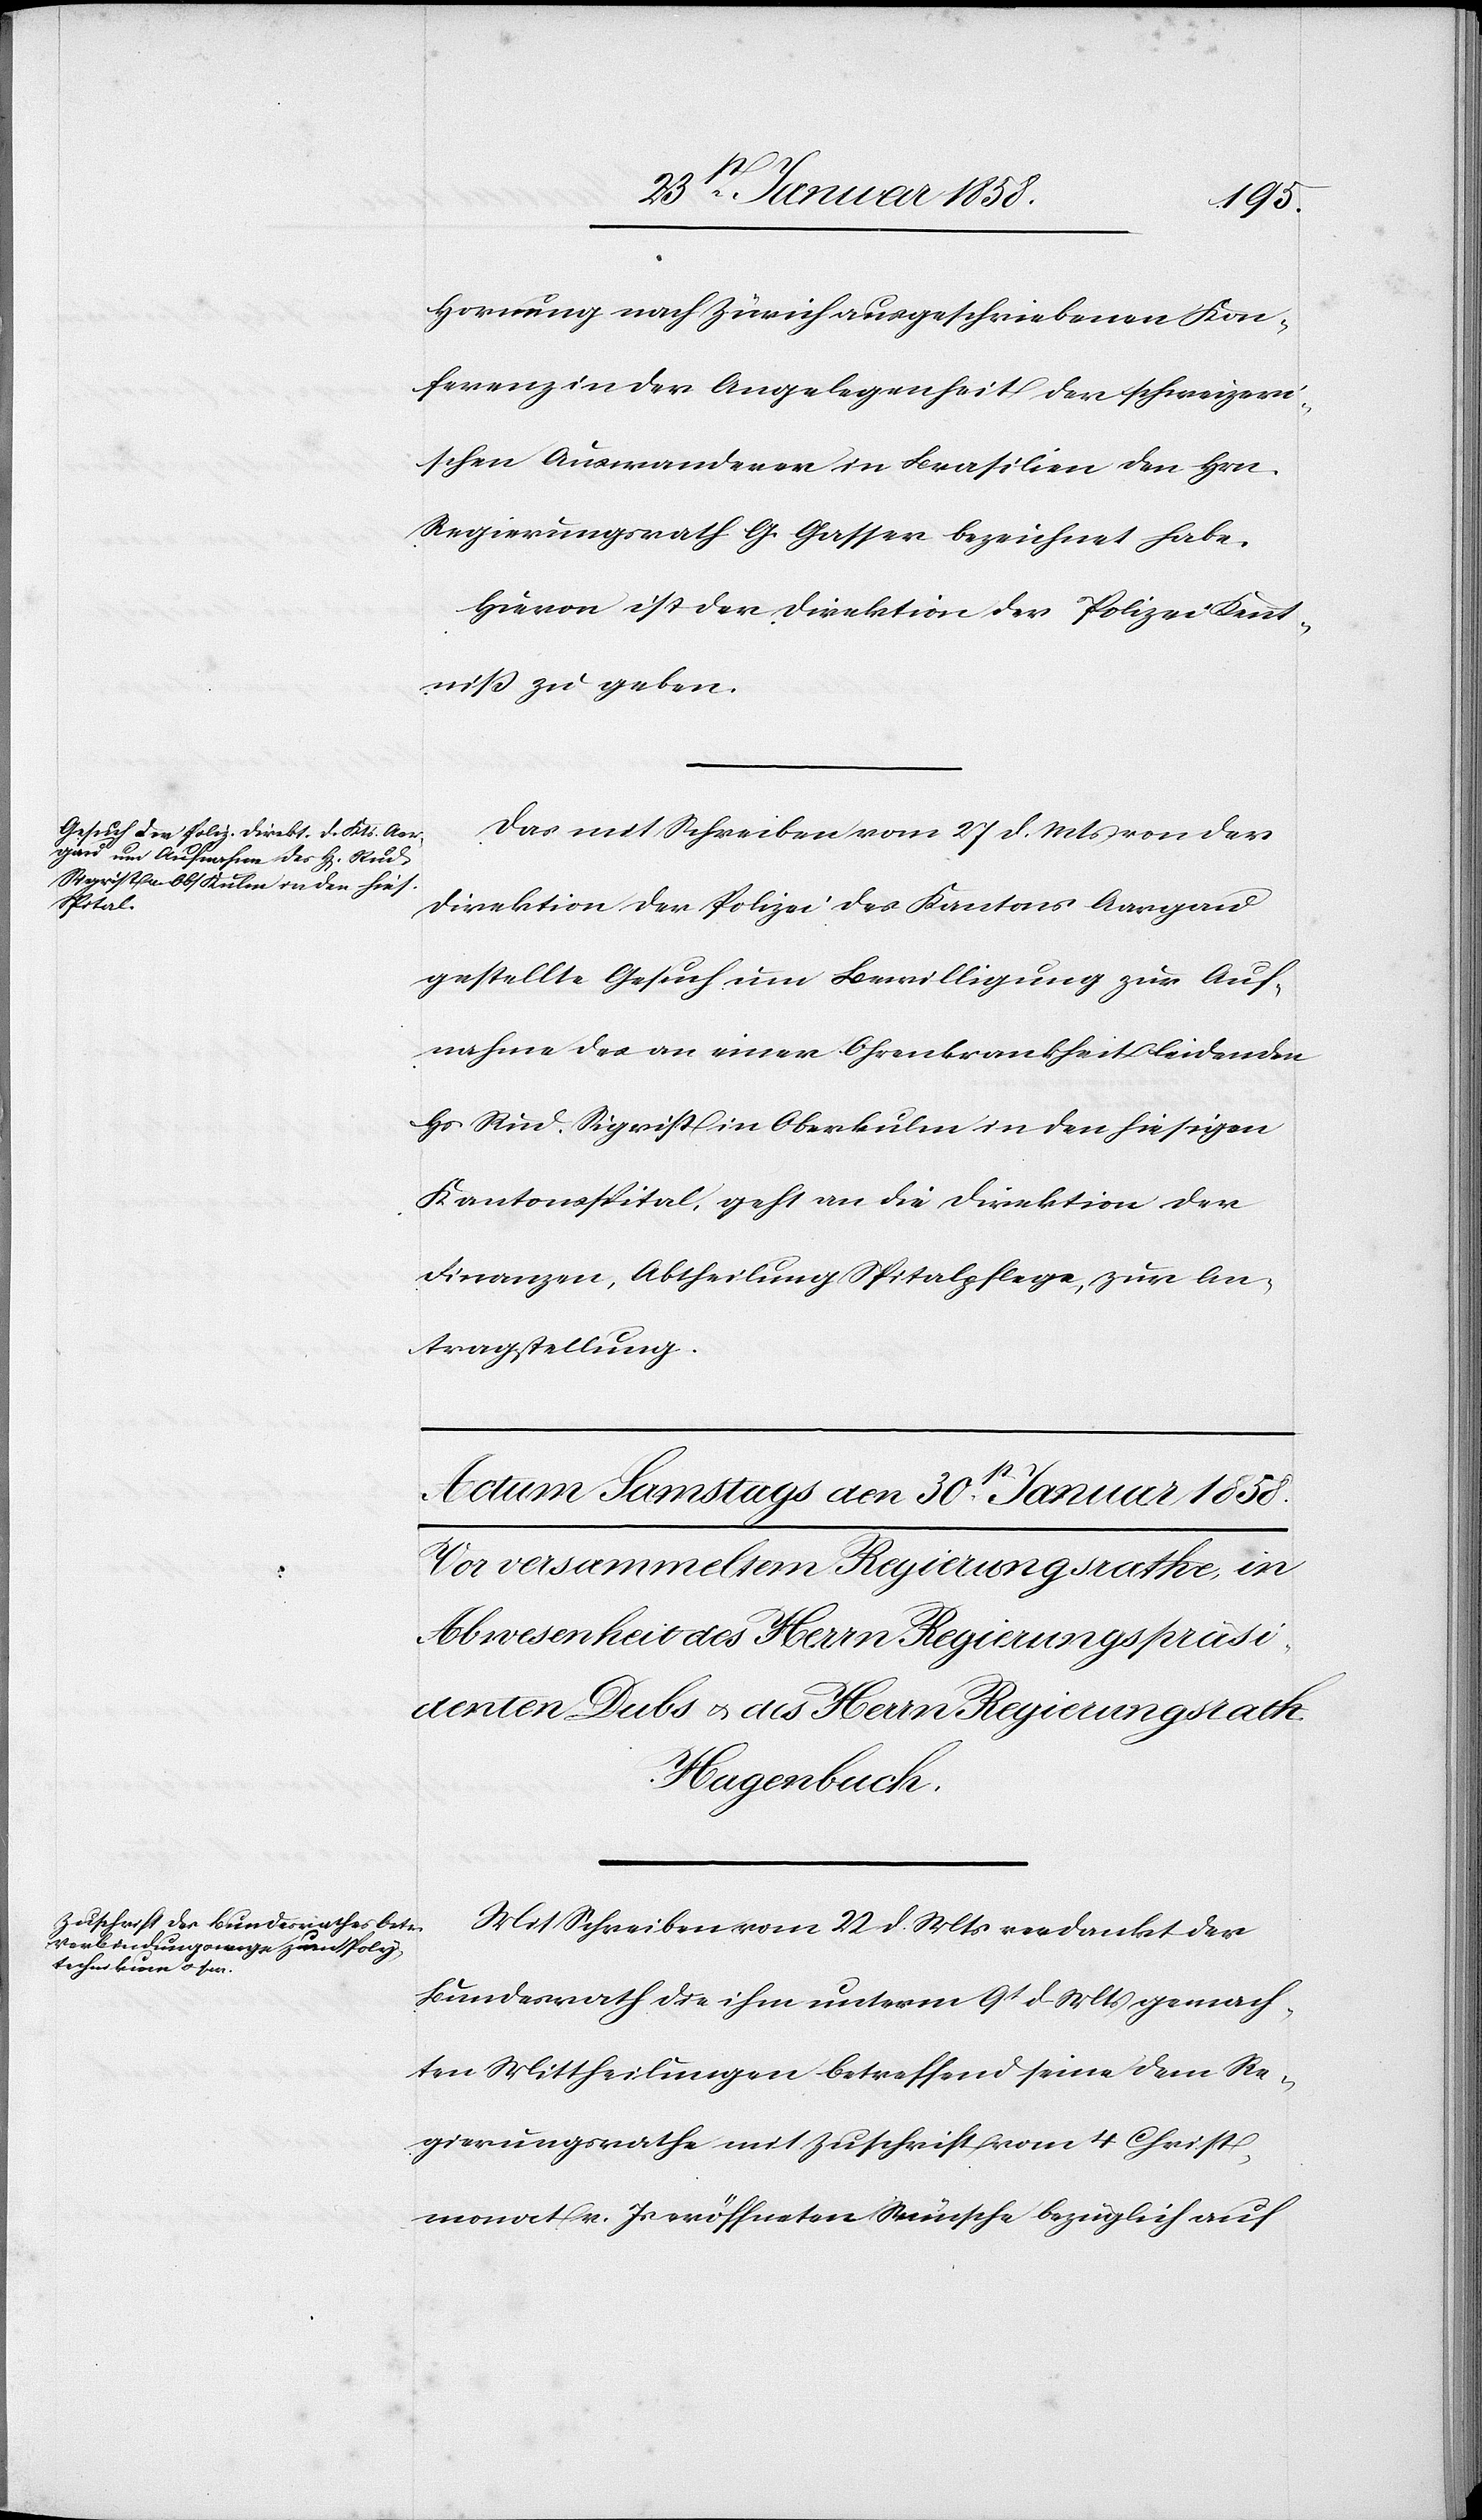
29 Januar 1858.]
Hornung nach Zürich ausgeschriebenen Kon¬
ferenz in der Angelegenheit der schweizeri¬
schen Auswanderer in Brasilien den Hrn.
Regierunsrath G. Gasser bezeichnet habe.
Hievon ist der Direktion der Polizei Kennt¬
niß zu geben.
Das mit Schreiben vom 27. d. Mts von der
Direktion der Polizei des Kantons Aargau
gestellte Gesuch um Bewilligung zur Auf¬
nahme des an einer Ohrenkrankheit leidenden
Hs. Rud. Sigrist in Oberkulen in den hiesigen
Kantonsspital, geht an die Direktion der
Finanzen, Abtheilung Spitalpflege, zur An¬
tragstellung.
Mit Schreiben vom 22 d. Mts verdankt der
Bundesrath die ihm unterm 9t d. Mts gemach¬
ten Mittheilungen betreffend seine dem Re¬
gierungsrathe mit Zuschrift vom 4 Christ¬
monat v. Js eröffneten Wünsche bezüglich auf